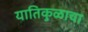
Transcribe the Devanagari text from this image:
यातिकुळाचा